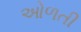
ઓળતી